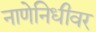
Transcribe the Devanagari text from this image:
नाणेनिधीवर